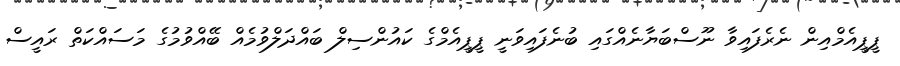
ޕީޕީއެމްއިން ނެރެފައިވާ ނޫސްބަޔާނެއްގައި ބުނެފައިވަނީ ޕީޕީއެމްގެ ކައުންސިލް ބައްދަލްވުމެއް ބޭއްވުމުގެ މަސައްކަތް ރައީސް